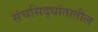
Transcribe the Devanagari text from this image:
संचसिद्धांतातील